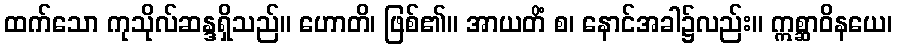
ထက်သော ကုသိုလ်ဆန္ဒရှိသည်။ ဟောတိ၊ ဖြစ်၏။ အာယတိံ စ၊ နောင်အခါ၌လည်း။ ဣစ္ဆာဝိနယေ၊